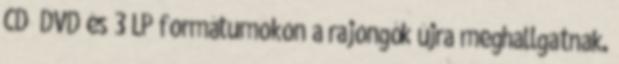
CD DVD és 3 LP formátumokon a rajongók újra meghallgatnak.